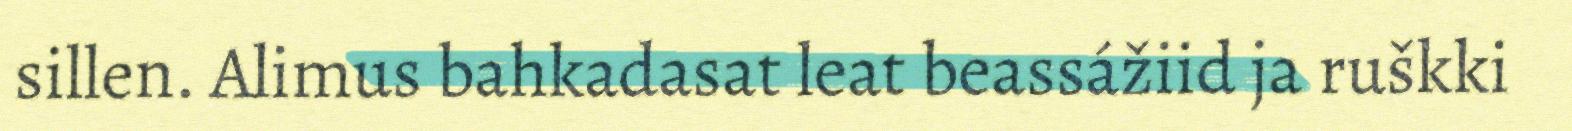
sillen. Alimus bahkadasat leat beassážiid ja ruškki